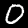
Label: 0